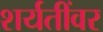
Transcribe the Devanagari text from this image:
शर्यतींवर